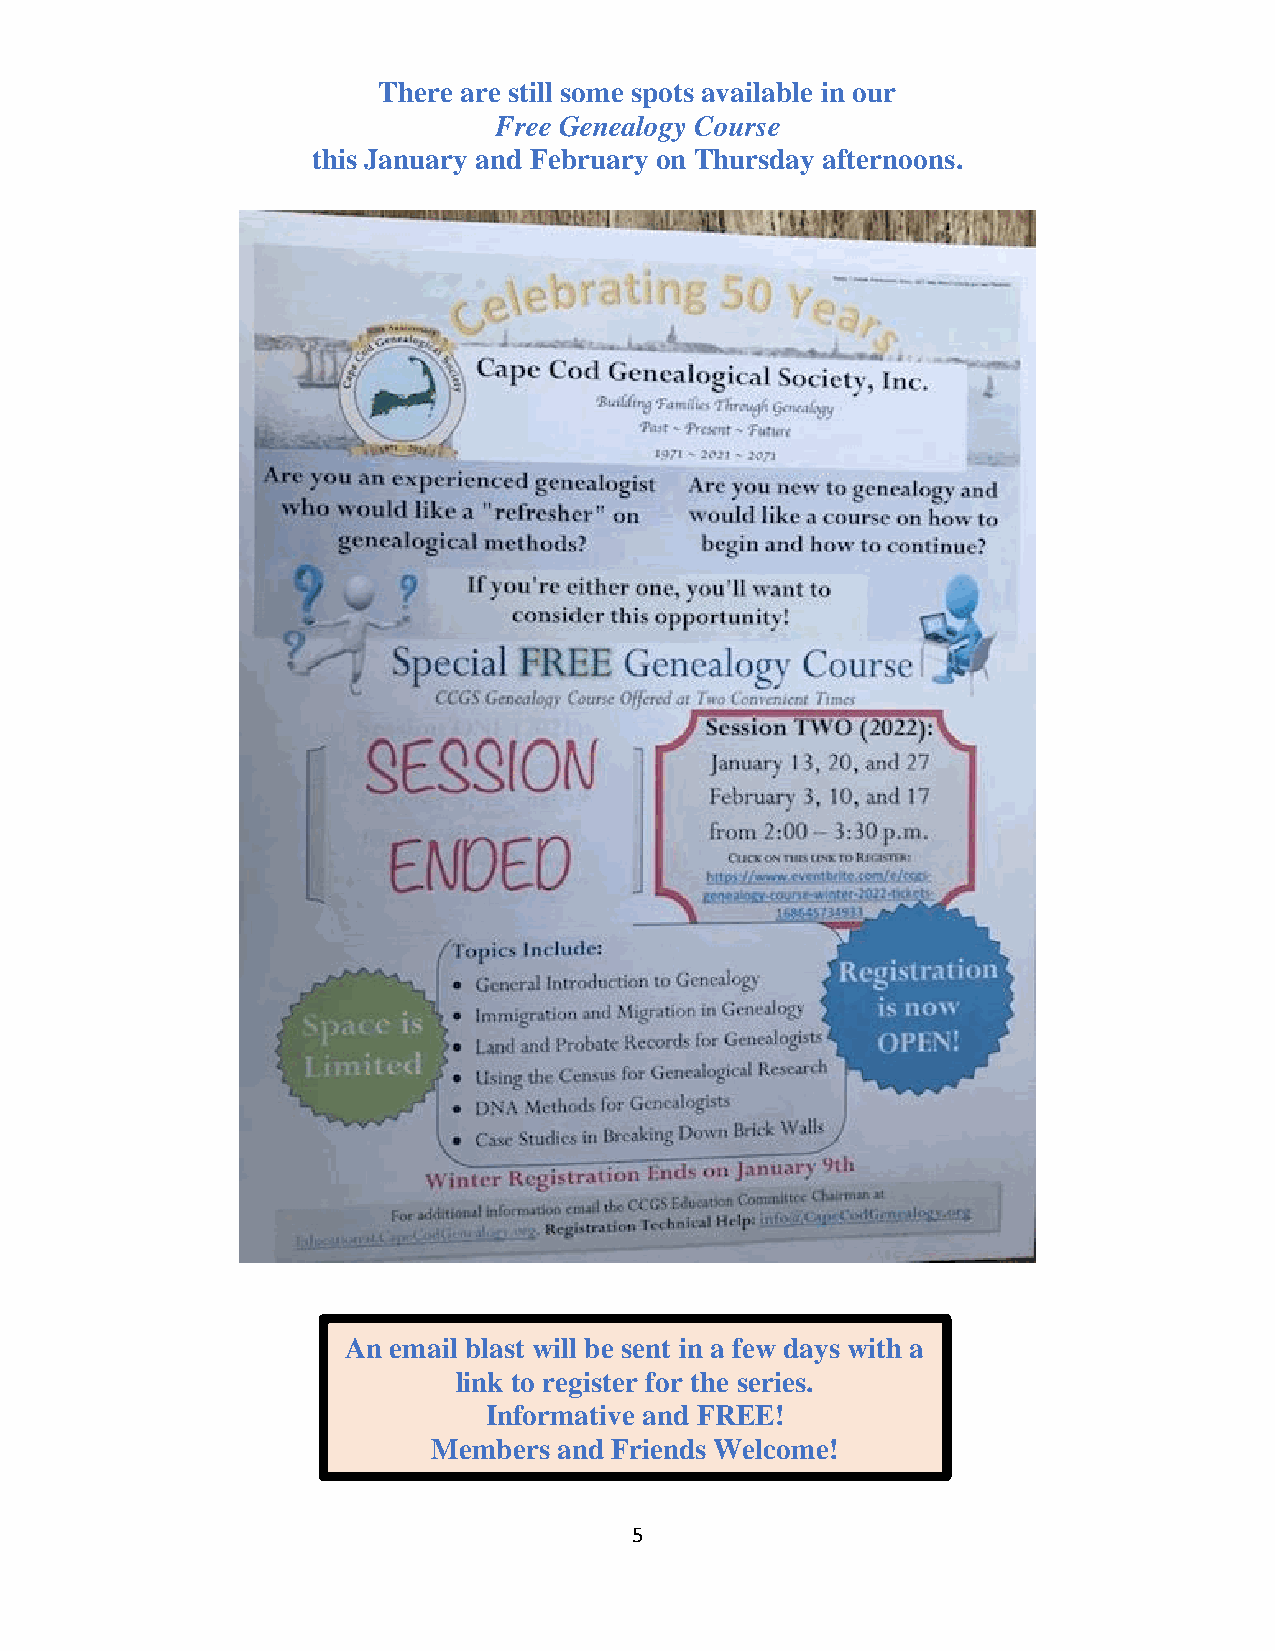
There are still some spots available in our
 Free Genealogy Course
 this January and February on Thursday afternoons.
 An email blast will be sent in a few days with a
 link to register for the series.
 Informative and FREE!
 Members and Friends Welcome!
 5